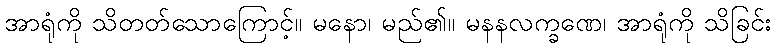
အာရုံကို သိတတ်သောကြောင့်။ မနော၊ မည်၏။ မနနလက္ခဏေ၊ အာရုံကို သိခြင်း